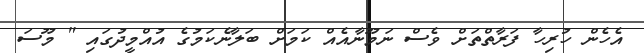
އެހެން ހުރިހާ ފަރާތްތަށް ވެސް ނަމޫނާއެއް ކަމަށް ބަލާނެކަމުގެ އުއްމީދުގައި " މޫސަ